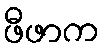
ဖီဖာက